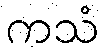
ကသံ